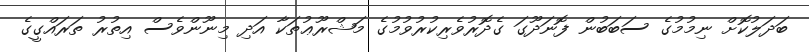
ބަދަލުކޮށް ނިމުމުގެ ސަބަބުން ފޮނަދޫގަ ގެދޮރުވެރިކުރުވުމުގެ މަޝްރޫޢުތަކާ އަދި މިނޫންވެސް އިތުރު ތަރައްގީގެ